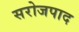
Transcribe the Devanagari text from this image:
सरोजपाद